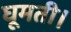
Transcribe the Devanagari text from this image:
घूमती।